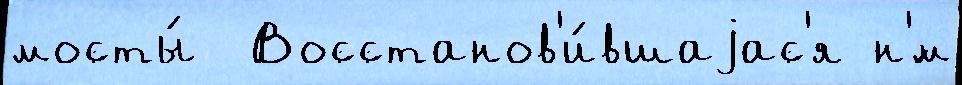
мосты́  Восстанов'и́вшаjас'я н'́м